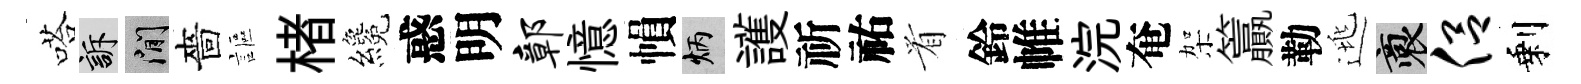
嗒訴閑嗇謳楮纔惑明鄣憶𢄙炳護祈祐㸔鈴帷浣奄架籯勒逃裔侣剩